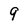
Character: 9